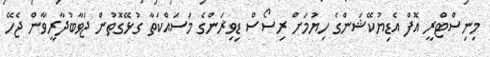
މިނިސްޓްރީ އޮފް އެޑިޔުކޭޝަންގެ ހިޔުމަށް ރިސޯސް ޑިވިޜަންގެ މަސައްކަތާ ގުޅޭގޮތުން ޖަވާބުދާރީވާން ޖެހޭ